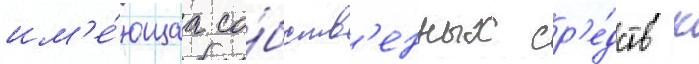
им'е́ющаа со́бств'енных ср'е́дств к